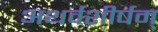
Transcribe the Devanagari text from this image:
अथर्वशीर्षम्